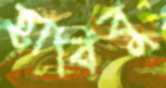
হাবিবু